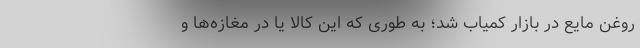
روغن مایع در بازار کمیاب شد؛ به طوری که این کالا یا در مغازه‌ها و